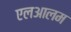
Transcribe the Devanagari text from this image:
एलआलम